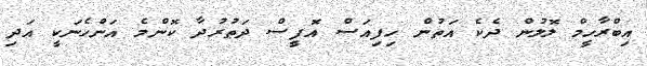
އިބްރާހީމް ލޮލުން ދެކެ އަތުން ހިފިއަސް އޮފީސް ދަތުރުދާ ކޮންމެ އަންހެނަކީ އަދި